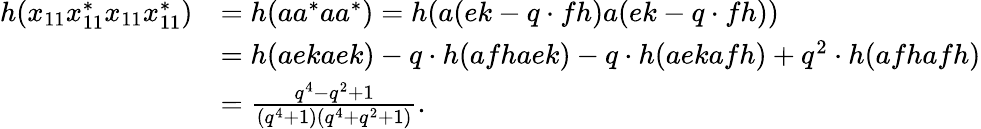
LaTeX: \begin{array}{rl}{h(x_{11}x_{11}^{*}x_{11}x_{11}^{*})}&{=h(aa^{*}aa^{*})=h(a(ek-q\cdot fh)a(ek-q\cdot fh))}\\ &{=h(aekaek)-q\cdot h(afhaek)-q\cdot h(aekafh)+q^{2}\cdot h(afhafh)}\\ &{=\frac{q^{4}-q^{2}+1}{(q^{4}+1)(q^{4}+q^{2}+1)}.}\end{array}